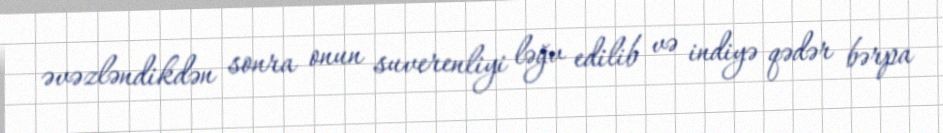
əvəzləndikdən sonra onun suverenliyi ləğv edilib və indiyə qədər bərpa